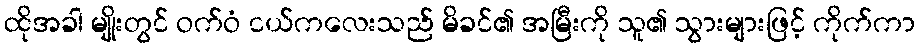
ထိုအခါ မျိုးတွင် ဝက်ဝံ ငယ်ကလေးသည် မိခင်၏ အမြီးကို သူ၏ သွားများဖြင့် ကိုက်ကာ